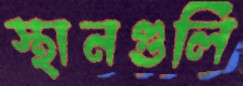
স্থানগুলি